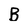
Character: B